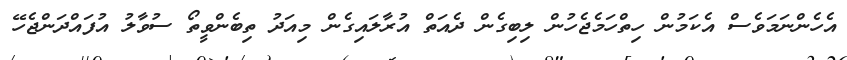
އެހެންނަމަވެސް އެކަމުން ހިތްހަމެޖެހުން ލިބިގެން ދެއަތް އުރާލައިގެން މިއަދު ތިބެންވީތޯ ސުވާލު އުފައްދަންޖެހޭ